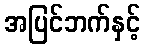
အပြင်ဘက်နှင့်